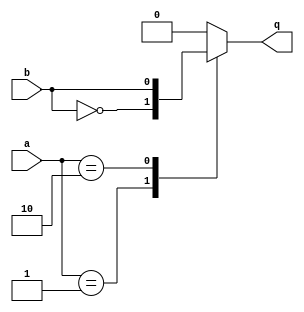
module ex10(q , a, b);
   output q;
   reg 	  q;
   input [1:0] a;
   input       b;
   always @(*) begin
      case (a)
	1: q = ~b;
	2: q =  b;
	default: q = 0;
      endcase
   end
endmodule